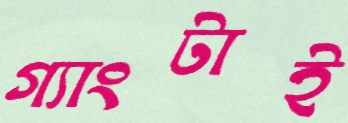
গ্যাংটাই